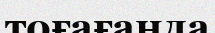
тоғағанда